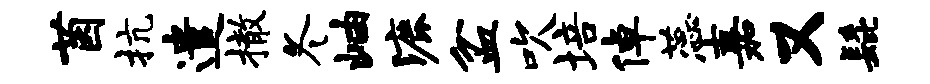
茵抗遣撤冬岫漉盆吹培倬蕊嘉又髭